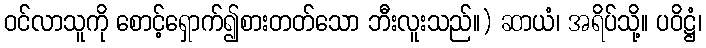
ဝင်လာသူကို စောင့်ရှောက်၍စားတတ်သော ဘီးလူးသည်။) ဆာယံ၊ အရိပ်သို့။ ပဝိဋ္ဌံ၊